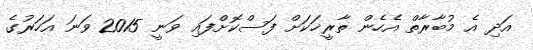
އަދި އެ މުބާރާތް އެހެން ތާރީޚަކަށް ފަސްކޮށްފައި ވަނީ 2015 ވަނަ އަހަރުގެ